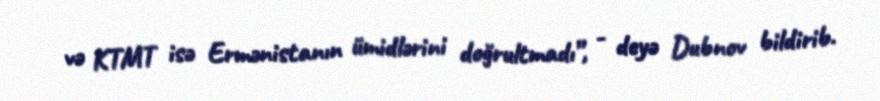
və KTMT isə Ermənistanın ümidlərini doğrultmadı”, - deyə Dubnov bildirib.